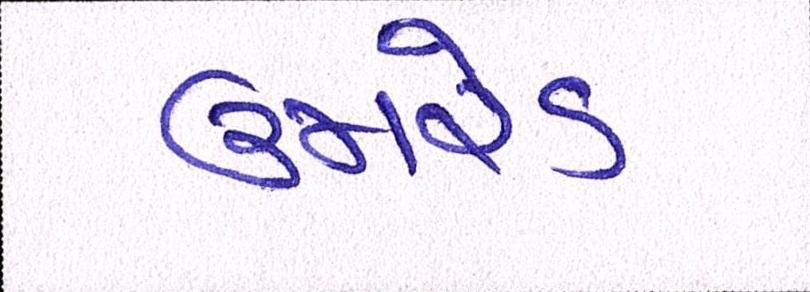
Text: ઉમરેડ